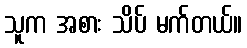
သူက အစား သိပ် မက်တယ်။